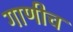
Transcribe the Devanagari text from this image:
गाणीच